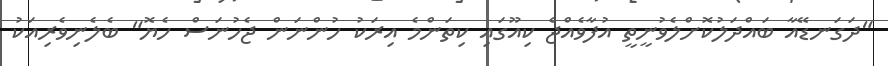
"ދަގަނޑޭއާ ބައްދަލުކޮށްލެވުނީތީ އުފާވެއްޖެ ކިއޫގައި ކިތަންމެ އިރަކު ހުންނަން ޖެހުނަސް ހެޔޮ" ބެލެނިވެރިއަކު